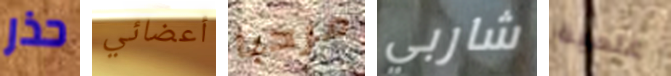
حذر أعضائي مرحبا شاربي علمية